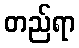
တည်ရာ